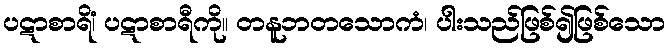
ပဋာစာရိံ၊ ပဋာစာရီကို။ တနူဘတသောကံ၊ ပါးသည်ဖြစ်၍ဖြစ်သော